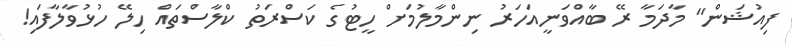
ފިއުޝަން" މާދަމާ ރޭ ބާއްވަނީއަހަރު ނިންމާލުމަށް ހީޓުގެ ކަސްރަތު ކްލާސްތައް ހިލޭ ހުޅުވާލާފައި!